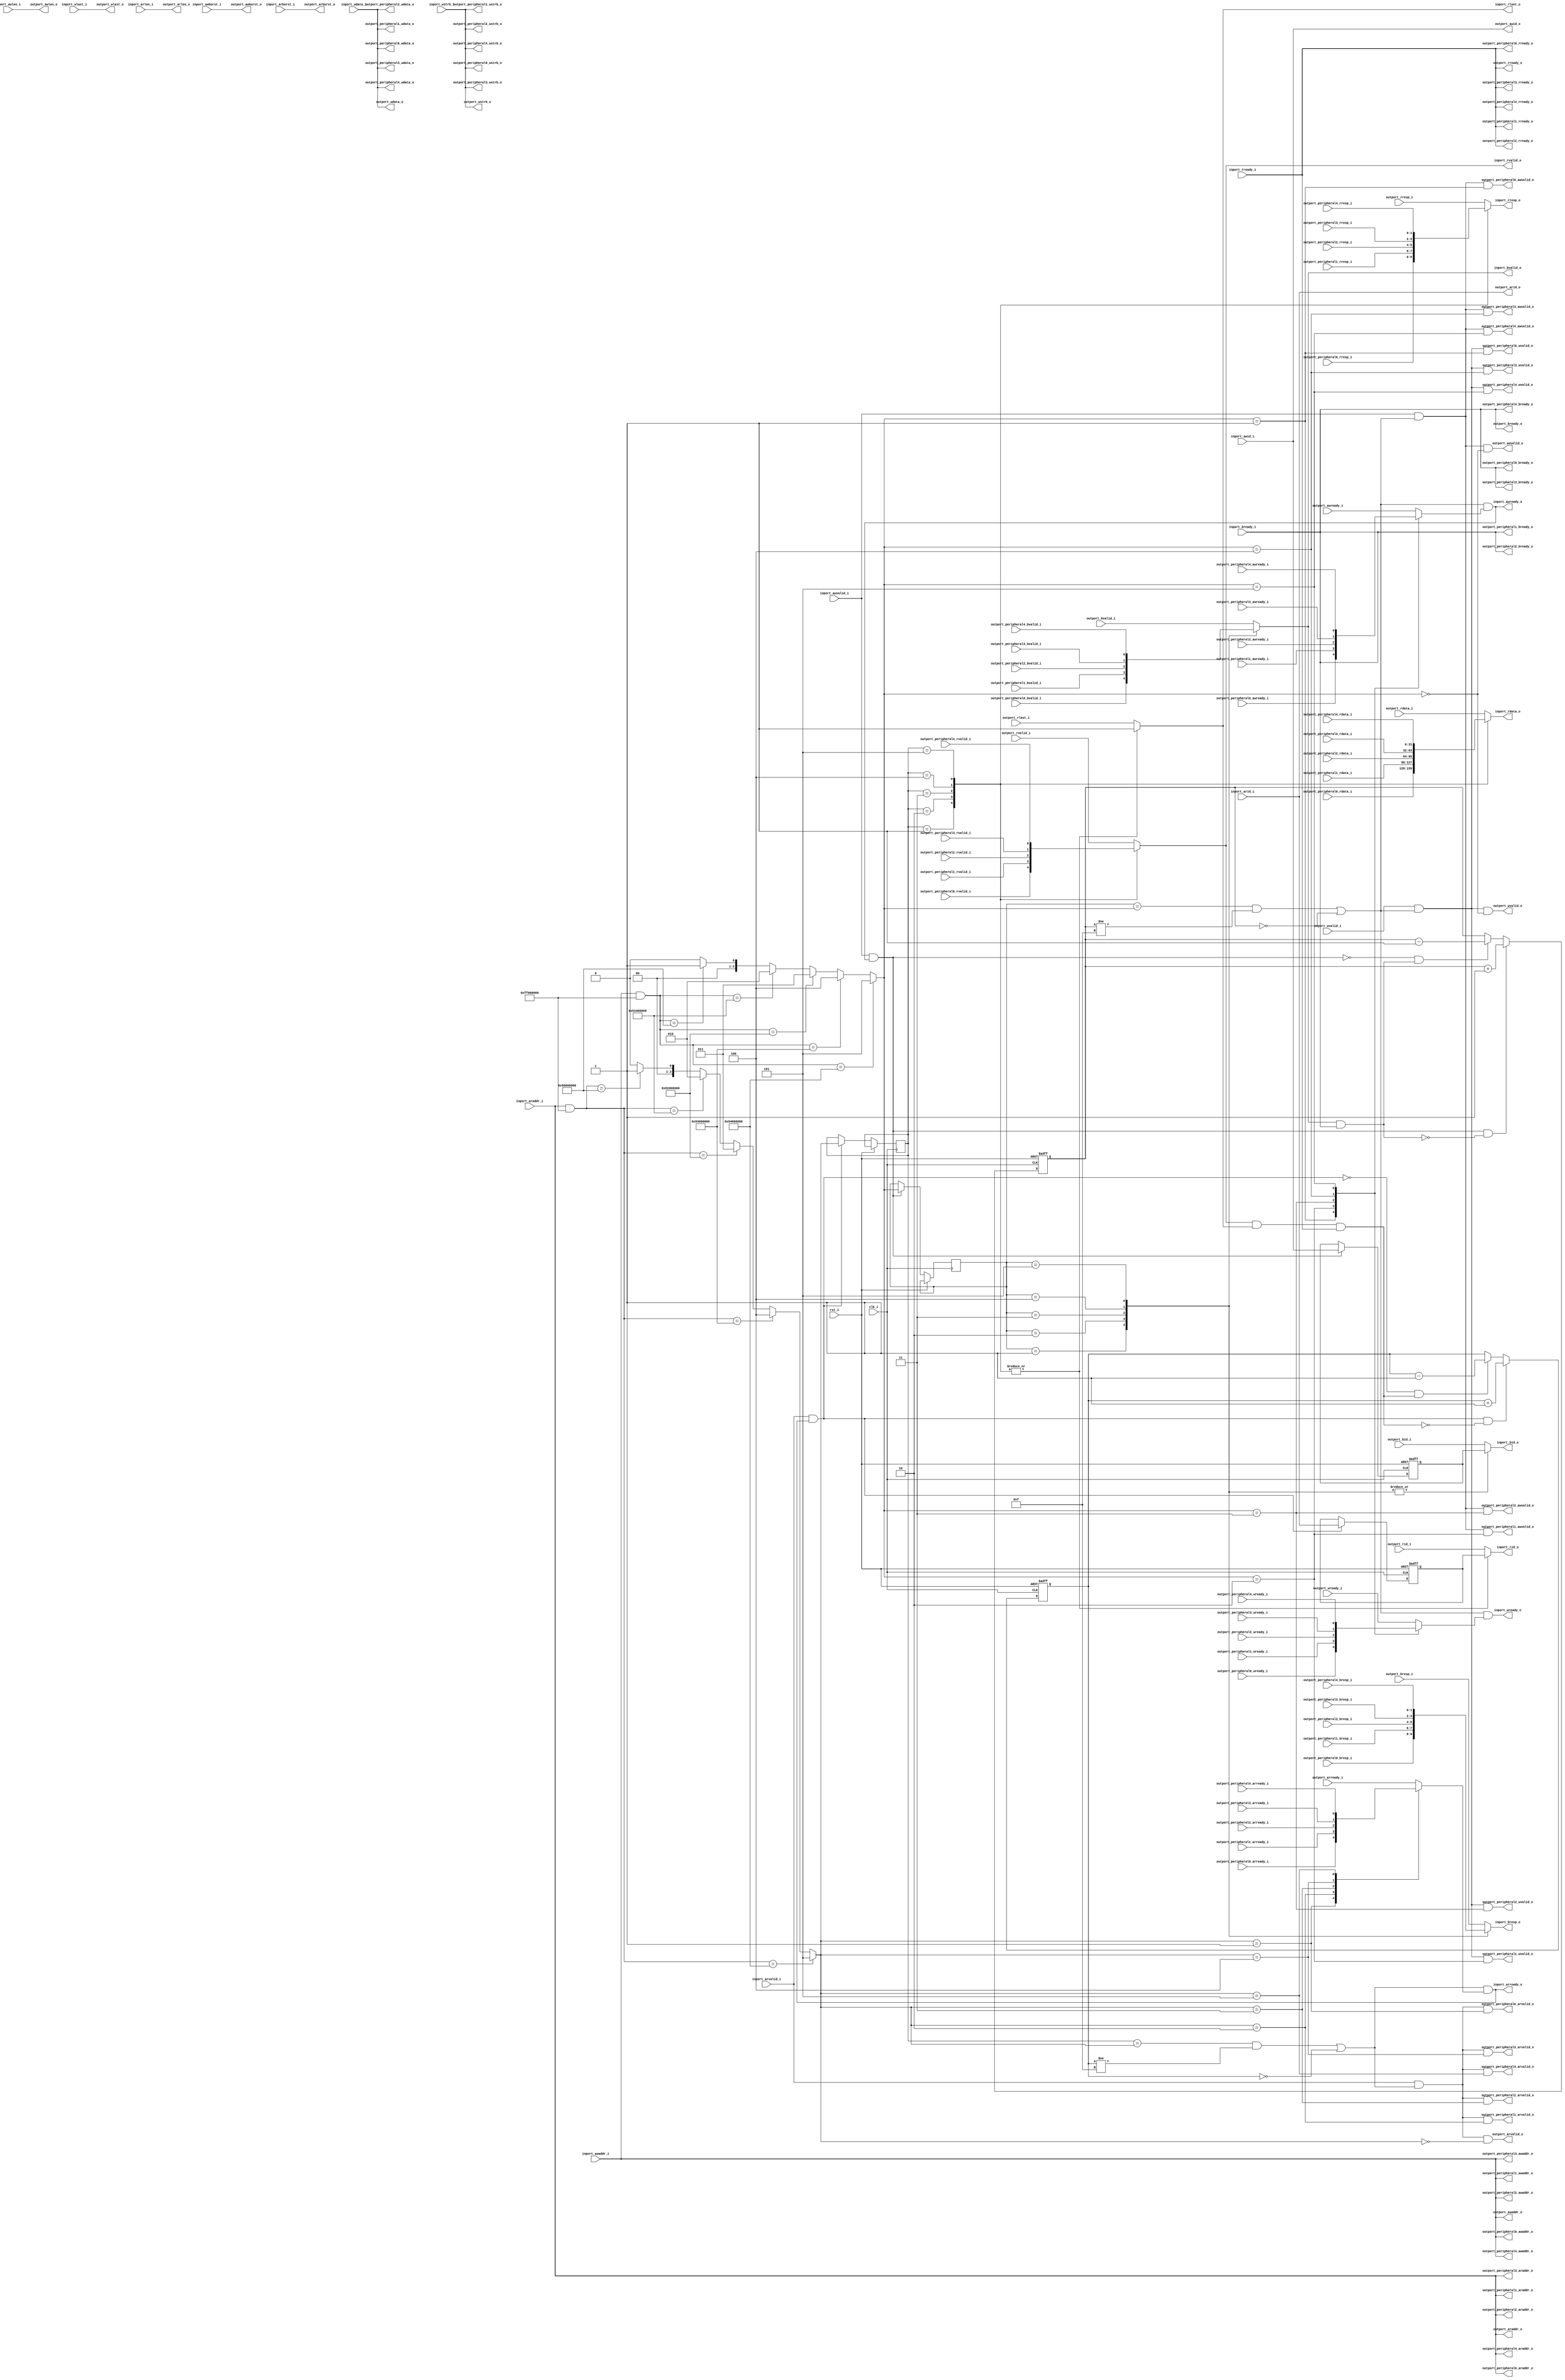
//-----------------------------------------------------------------
//                        RISC-V Test SoC
//                            V0.1
//                     Ultra-Embedded.com
//                     Copyright 2014-2019
//
//                   admin@ultra-embedded.com
//
//                       License: BSD
//-----------------------------------------------------------------
//
// Copyright (c) 2014-2019, Ultra-Embedded.com
// All rights reserved.
// 
// Redistribution and use in source and binary forms, with or without
// modification, are permitted provided that the following conditions 
// are met:
//   - Redistributions of source code must retain the above copyright
//     notice, this list of conditions and the following disclaimer.
//   - Redistributions in binary form must reproduce the above copyright
//     notice, this list of conditions and the following disclaimer 
//     in the documentation and/or other materials provided with the 
//     distribution.
//   - Neither the name of the author nor the names of its contributors 
//     may be used to endorse or promote products derived from this 
//     software without specific prior written permission.
// 
// THIS SOFTWARE IS PROVIDED BY THE COPYRIGHT HOLDERS AND CONTRIBUTORS 
// "AS IS" AND ANY EXPRESS OR IMPLIED WARRANTIES, INCLUDING, BUT NOT 
// LIMITED TO, THE IMPLIED WARRANTIES OF MERCHANTABILITY AND FITNESS FOR 
// A PARTICULAR PURPOSE ARE DISCLAIMED. IN NO EVENT SHALL THE AUTHOR BE 
// LIABLE FOR ANY DIRECT, INDIRECT, INCIDENTAL, SPECIAL, EXEMPLARY, OR 
// CONSEQUENTIAL DAMAGES (INCLUDING, BUT NOT LIMITED TO, PROCUREMENT OF 
// SUBSTITUTE GOODS OR SERVICES; LOSS OF USE, DATA, OR PROFITS; OR 
// BUSINESS INTERRUPTION) HOWEVER CAUSED AND ON ANY THEORY OF 
// LIABILITY, WHETHER IN CONTRACT, STRICT LIABILITY, OR TORT
// (INCLUDING NEGLIGENCE OR OTHERWISE) ARISING IN ANY WAY OUT OF 
// THE USE OF THIS SOFTWARE, EVEN IF ADVISED OF THE POSSIBILITY OF 
// SUCH DAMAGE.
//-----------------------------------------------------------------

//-----------------------------------------------------------------
//                          Generated File
//-----------------------------------------------------------------

module axi4_lite_tap
(
    // Inputs
     input           clk_i
    ,input           rst_i
    ,input           inport_awvalid_i
    ,input  [ 31:0]  inport_awaddr_i
    ,input  [  3:0]  inport_awid_i
    ,input  [  7:0]  inport_awlen_i
    ,input  [  1:0]  inport_awburst_i
    ,input           inport_wvalid_i
    ,input  [ 31:0]  inport_wdata_i
    ,input  [  3:0]  inport_wstrb_i
    ,input           inport_wlast_i
    ,input           inport_bready_i
    ,input           inport_arvalid_i
    ,input  [ 31:0]  inport_araddr_i
    ,input  [  3:0]  inport_arid_i
    ,input  [  7:0]  inport_arlen_i
    ,input  [  1:0]  inport_arburst_i
    ,input           inport_rready_i
    ,input           outport_awready_i
    ,input           outport_wready_i
    ,input           outport_bvalid_i
    ,input  [  1:0]  outport_bresp_i
    ,input  [  3:0]  outport_bid_i
    ,input           outport_arready_i
    ,input           outport_rvalid_i
    ,input  [ 31:0]  outport_rdata_i
    ,input  [  1:0]  outport_rresp_i
    ,input  [  3:0]  outport_rid_i
    ,input           outport_rlast_i
    ,input           outport_peripheral0_awready_i
    ,input           outport_peripheral0_wready_i
    ,input           outport_peripheral0_bvalid_i
    ,input  [  1:0]  outport_peripheral0_bresp_i
    ,input           outport_peripheral0_arready_i
    ,input           outport_peripheral0_rvalid_i
    ,input  [ 31:0]  outport_peripheral0_rdata_i
    ,input  [  1:0]  outport_peripheral0_rresp_i
    ,input           outport_peripheral1_awready_i
    ,input           outport_peripheral1_wready_i
    ,input           outport_peripheral1_bvalid_i
    ,input  [  1:0]  outport_peripheral1_bresp_i
    ,input           outport_peripheral1_arready_i
    ,input           outport_peripheral1_rvalid_i
    ,input  [ 31:0]  outport_peripheral1_rdata_i
    ,input  [  1:0]  outport_peripheral1_rresp_i
    ,input           outport_peripheral2_awready_i
    ,input           outport_peripheral2_wready_i
    ,input           outport_peripheral2_bvalid_i
    ,input  [  1:0]  outport_peripheral2_bresp_i
    ,input           outport_peripheral2_arready_i
    ,input           outport_peripheral2_rvalid_i
    ,input  [ 31:0]  outport_peripheral2_rdata_i
    ,input  [  1:0]  outport_peripheral2_rresp_i
    ,input           outport_peripheral3_awready_i
    ,input           outport_peripheral3_wready_i
    ,input           outport_peripheral3_bvalid_i
    ,input  [  1:0]  outport_peripheral3_bresp_i
    ,input           outport_peripheral3_arready_i
    ,input           outport_peripheral3_rvalid_i
    ,input  [ 31:0]  outport_peripheral3_rdata_i
    ,input  [  1:0]  outport_peripheral3_rresp_i
    ,input           outport_peripheral4_awready_i
    ,input           outport_peripheral4_wready_i
    ,input           outport_peripheral4_bvalid_i
    ,input  [  1:0]  outport_peripheral4_bresp_i
    ,input           outport_peripheral4_arready_i
    ,input           outport_peripheral4_rvalid_i
    ,input  [ 31:0]  outport_peripheral4_rdata_i
    ,input  [  1:0]  outport_peripheral4_rresp_i

    // Outputs
    ,output          inport_awready_o
    ,output          inport_wready_o
    ,output          inport_bvalid_o
    ,output [  1:0]  inport_bresp_o
    ,output [  3:0]  inport_bid_o
    ,output          inport_arready_o
    ,output          inport_rvalid_o
    ,output [ 31:0]  inport_rdata_o
    ,output [  1:0]  inport_rresp_o
    ,output [  3:0]  inport_rid_o
    ,output          inport_rlast_o
    ,output          outport_awvalid_o
    ,output [ 31:0]  outport_awaddr_o
    ,output [  3:0]  outport_awid_o
    ,output [  7:0]  outport_awlen_o
    ,output [  1:0]  outport_awburst_o
    ,output          outport_wvalid_o
    ,output [ 31:0]  outport_wdata_o
    ,output [  3:0]  outport_wstrb_o
    ,output          outport_wlast_o
    ,output          outport_bready_o
    ,output          outport_arvalid_o
    ,output [ 31:0]  outport_araddr_o
    ,output [  3:0]  outport_arid_o
    ,output [  7:0]  outport_arlen_o
    ,output [  1:0]  outport_arburst_o
    ,output          outport_rready_o
    ,output          outport_peripheral0_awvalid_o
    ,output [ 31:0]  outport_peripheral0_awaddr_o
    ,output          outport_peripheral0_wvalid_o
    ,output [ 31:0]  outport_peripheral0_wdata_o
    ,output [  3:0]  outport_peripheral0_wstrb_o
    ,output          outport_peripheral0_bready_o
    ,output          outport_peripheral0_arvalid_o
    ,output [ 31:0]  outport_peripheral0_araddr_o
    ,output          outport_peripheral0_rready_o
    ,output          outport_peripheral1_awvalid_o
    ,output [ 31:0]  outport_peripheral1_awaddr_o
    ,output          outport_peripheral1_wvalid_o
    ,output [ 31:0]  outport_peripheral1_wdata_o
    ,output [  3:0]  outport_peripheral1_wstrb_o
    ,output          outport_peripheral1_bready_o
    ,output          outport_peripheral1_arvalid_o
    ,output [ 31:0]  outport_peripheral1_araddr_o
    ,output          outport_peripheral1_rready_o
    ,output          outport_peripheral2_awvalid_o
    ,output [ 31:0]  outport_peripheral2_awaddr_o
    ,output          outport_peripheral2_wvalid_o
    ,output [ 31:0]  outport_peripheral2_wdata_o
    ,output [  3:0]  outport_peripheral2_wstrb_o
    ,output          outport_peripheral2_bready_o
    ,output          outport_peripheral2_arvalid_o
    ,output [ 31:0]  outport_peripheral2_araddr_o
    ,output          outport_peripheral2_rready_o
    ,output          outport_peripheral3_awvalid_o
    ,output [ 31:0]  outport_peripheral3_awaddr_o
    ,output          outport_peripheral3_wvalid_o
    ,output [ 31:0]  outport_peripheral3_wdata_o
    ,output [  3:0]  outport_peripheral3_wstrb_o
    ,output          outport_peripheral3_bready_o
    ,output          outport_peripheral3_arvalid_o
    ,output [ 31:0]  outport_peripheral3_araddr_o
    ,output          outport_peripheral3_rready_o
    ,output          outport_peripheral4_awvalid_o
    ,output [ 31:0]  outport_peripheral4_awaddr_o
    ,output          outport_peripheral4_wvalid_o
    ,output [ 31:0]  outport_peripheral4_wdata_o
    ,output [  3:0]  outport_peripheral4_wstrb_o
    ,output          outport_peripheral4_bready_o
    ,output          outport_peripheral4_arvalid_o
    ,output [ 31:0]  outport_peripheral4_araddr_o
    ,output          outport_peripheral4_rready_o
);



`define ADDR_SEL_W         3
`define PERIPH0_ADDR         32'h90000000
`define PERIPH0_MASK         32'hff000000
`define PERIPH1_ADDR         32'h91000000
`define PERIPH1_MASK         32'hff000000
`define PERIPH2_ADDR         32'h92000000
`define PERIPH2_MASK         32'hff000000
`define PERIPH3_ADDR         32'h93000000
`define PERIPH3_MASK         32'hff000000
`define PERIPH4_ADDR         32'h94000000
`define PERIPH4_MASK         32'hff000000

//-----------------------------------------------------------------
// AXI: Read
//-----------------------------------------------------------------
reg [3:0]              read_pending_q;
reg [3:0]              read_pending_r;
reg [3:0]              arid_q;
reg [`ADDR_SEL_W-1:0]  read_port_q;
reg [`ADDR_SEL_W-1:0]  read_port_r;

always @ *
begin
    read_port_r = `ADDR_SEL_W'b0;
    if ((inport_araddr_i & `PERIPH0_MASK) == `PERIPH0_ADDR) read_port_r = `ADDR_SEL_W'd1;
    if ((inport_araddr_i & `PERIPH1_MASK) == `PERIPH1_ADDR) read_port_r = `ADDR_SEL_W'd2;
    if ((inport_araddr_i & `PERIPH2_MASK) == `PERIPH2_ADDR) read_port_r = `ADDR_SEL_W'd3;
    if ((inport_araddr_i & `PERIPH3_MASK) == `PERIPH3_ADDR) read_port_r = `ADDR_SEL_W'd4;
    if ((inport_araddr_i & `PERIPH4_MASK) == `PERIPH4_ADDR) read_port_r = `ADDR_SEL_W'd5;
end

wire read_incr_w = (inport_arvalid_i && inport_arready_o);
wire read_decr_w = (inport_rvalid_o  && inport_rlast_o && inport_rready_i);

always @ *
begin
    read_pending_r = read_pending_q;

    if (read_incr_w && !read_decr_w)
        read_pending_r = read_pending_r + 4'd1;
    else if (!read_incr_w && read_decr_w)
        read_pending_r = read_pending_r - 4'd1;
end

always @ (posedge clk_i or posedge rst_i)
if (rst_i)
begin
    read_pending_q <= 4'b0;
    arid_q         <= 4'b0;
end
else 
begin
    read_pending_q <= read_pending_r;

    // Read command accepted
    if (inport_arvalid_i && inport_arready_o)
    begin
        arid_q      <= inport_arid_i;
        read_port_q <= read_port_r;
    end
end

wire read_accept_w       = (read_port_q == read_port_r && read_pending_q != 4'hF) || (read_pending_q == 4'h0);

assign outport_arvalid_o = inport_arvalid_i & read_accept_w & (read_port_r == `ADDR_SEL_W'd0);
assign outport_araddr_o  = inport_araddr_i;
assign outport_arid_o    = inport_arid_i;
assign outport_arlen_o   = inport_arlen_i;
assign outport_arburst_o = inport_arburst_i;
assign outport_rready_o  = inport_rready_i;

assign outport_peripheral0_arvalid_o = inport_arvalid_i & read_accept_w & (read_port_r == `ADDR_SEL_W'd1);
assign outport_peripheral0_araddr_o  = inport_araddr_i;
assign outport_peripheral0_rready_o  = inport_rready_i;
assign outport_peripheral1_arvalid_o = inport_arvalid_i & read_accept_w & (read_port_r == `ADDR_SEL_W'd2);
assign outport_peripheral1_araddr_o  = inport_araddr_i;
assign outport_peripheral1_rready_o  = inport_rready_i;
assign outport_peripheral2_arvalid_o = inport_arvalid_i & read_accept_w & (read_port_r == `ADDR_SEL_W'd3);
assign outport_peripheral2_araddr_o  = inport_araddr_i;
assign outport_peripheral2_rready_o  = inport_rready_i;
assign outport_peripheral3_arvalid_o = inport_arvalid_i & read_accept_w & (read_port_r == `ADDR_SEL_W'd4);
assign outport_peripheral3_araddr_o  = inport_araddr_i;
assign outport_peripheral3_rready_o  = inport_rready_i;
assign outport_peripheral4_arvalid_o = inport_arvalid_i & read_accept_w & (read_port_r == `ADDR_SEL_W'd5);
assign outport_peripheral4_araddr_o  = inport_araddr_i;
assign outport_peripheral4_rready_o  = inport_rready_i;

reg        outport_rvalid_r;
reg [31:0] outport_rdata_r;
reg [1:0]  outport_rresp_r;
reg [3:0]  outport_rid_r;
reg        outport_rlast_r;

always @ *
begin
    case (read_port_q)
    `ADDR_SEL_W'd1:
    begin
        outport_rvalid_r = outport_peripheral0_rvalid_i;
        outport_rdata_r  = outport_peripheral0_rdata_i;
        outport_rresp_r  = outport_peripheral0_rresp_i;
        outport_rid_r    = arid_q;
        outport_rlast_r  = 1'b1;
    end
    `ADDR_SEL_W'd2:
    begin
        outport_rvalid_r = outport_peripheral1_rvalid_i;
        outport_rdata_r  = outport_peripheral1_rdata_i;
        outport_rresp_r  = outport_peripheral1_rresp_i;
        outport_rid_r    = arid_q;
        outport_rlast_r  = 1'b1;
    end
    `ADDR_SEL_W'd3:
    begin
        outport_rvalid_r = outport_peripheral2_rvalid_i;
        outport_rdata_r  = outport_peripheral2_rdata_i;
        outport_rresp_r  = outport_peripheral2_rresp_i;
        outport_rid_r    = arid_q;
        outport_rlast_r  = 1'b1;
    end
    `ADDR_SEL_W'd4:
    begin
        outport_rvalid_r = outport_peripheral3_rvalid_i;
        outport_rdata_r  = outport_peripheral3_rdata_i;
        outport_rresp_r  = outport_peripheral3_rresp_i;
        outport_rid_r    = arid_q;
        outport_rlast_r  = 1'b1;
    end
    `ADDR_SEL_W'd5:
    begin
        outport_rvalid_r = outport_peripheral4_rvalid_i;
        outport_rdata_r  = outport_peripheral4_rdata_i;
        outport_rresp_r  = outport_peripheral4_rresp_i;
        outport_rid_r    = arid_q;
        outport_rlast_r  = 1'b1;
    end
    default:
    begin
        outport_rvalid_r = outport_rvalid_i;
        outport_rdata_r  = outport_rdata_i;
        outport_rresp_r  = outport_rresp_i;
        outport_rid_r    = outport_rid_i;
        outport_rlast_r  = outport_rlast_i;
    end
    endcase
end

assign inport_rvalid_o  = outport_rvalid_r;
assign inport_rdata_o   = outport_rdata_r;
assign inport_rresp_o   = outport_rresp_r;
assign inport_rid_o     = outport_rid_r;
assign inport_rlast_o   = outport_rlast_r;

reg inport_arready_r;
always @ *
begin
    case (read_port_r)
    `ADDR_SEL_W'd1:
        inport_arready_r = outport_peripheral0_arready_i;
    `ADDR_SEL_W'd2:
        inport_arready_r = outport_peripheral1_arready_i;
    `ADDR_SEL_W'd3:
        inport_arready_r = outport_peripheral2_arready_i;
    `ADDR_SEL_W'd4:
        inport_arready_r = outport_peripheral3_arready_i;
    `ADDR_SEL_W'd5:
        inport_arready_r = outport_peripheral4_arready_i;
    default:
        inport_arready_r = outport_arready_i;
    endcase
end

assign inport_arready_o = read_accept_w & inport_arready_r;

//-----------------------------------------------------------------
// AXI: Write
//-----------------------------------------------------------------
reg [3:0]              write_pending_q;
reg [3:0]              write_pending_r;
reg [3:0]              awid_q;
reg [`ADDR_SEL_W-1:0]  write_port_q;
reg [`ADDR_SEL_W-1:0]  write_port_r;

always @ *
begin
    write_port_r = `ADDR_SEL_W'b0;
    if ((inport_awaddr_i & `PERIPH0_MASK) == `PERIPH0_ADDR) write_port_r = `ADDR_SEL_W'd1;
    if ((inport_awaddr_i & `PERIPH1_MASK) == `PERIPH1_ADDR) write_port_r = `ADDR_SEL_W'd2;
    if ((inport_awaddr_i & `PERIPH2_MASK) == `PERIPH2_ADDR) write_port_r = `ADDR_SEL_W'd3;
    if ((inport_awaddr_i & `PERIPH3_MASK) == `PERIPH3_ADDR) write_port_r = `ADDR_SEL_W'd4;
    if ((inport_awaddr_i & `PERIPH4_MASK) == `PERIPH4_ADDR) write_port_r = `ADDR_SEL_W'd5;
end

wire write_incr_w = (inport_awvalid_i && inport_awready_o);
wire write_decr_w = (inport_bvalid_o  && inport_bready_i);

// NOTE: This IP expect AWVALID and WVALID to appear in the same cycle...
always @ *
begin
    write_pending_r = write_pending_q;

    if (write_incr_w && !write_decr_w)
        write_pending_r = write_pending_r + 4'd1;
    else if (!write_incr_w && write_decr_w)
        write_pending_r = write_pending_r - 4'd1;
end

always @ (posedge clk_i or posedge rst_i)
if (rst_i)
begin
    write_pending_q <= 4'b0;
    awid_q          <= 4'b0;
end
else 
begin
    write_pending_q <= write_pending_r;

    // Write command accepted
    if (inport_awvalid_i && inport_awready_o)
    begin
        awid_q       <= inport_awid_i;
        write_port_q <= write_port_r;
    end
end

wire write_accept_w      = (write_port_q == write_port_r && write_pending_q != 4'hF) || (write_pending_q == 4'h0);

assign outport_awvalid_o = inport_awvalid_i & write_accept_w & (write_port_r == `ADDR_SEL_W'd0);
assign outport_awaddr_o  = inport_awaddr_i;
assign outport_awid_o    = inport_awid_i;
assign outport_awlen_o   = inport_awlen_i;
assign outport_awburst_o = inport_awburst_i;
assign outport_wvalid_o  = inport_wvalid_i & write_accept_w & (write_port_r == `ADDR_SEL_W'd0);
assign outport_wdata_o   = inport_wdata_i;
assign outport_wstrb_o   = inport_wstrb_i;
assign outport_wlast_o   = inport_wlast_i;
assign outport_bready_o  = inport_bready_i;

assign outport_peripheral0_awvalid_o = inport_awvalid_i & write_accept_w & (write_port_r == `ADDR_SEL_W'd1);
assign outport_peripheral0_awaddr_o  = inport_awaddr_i;
assign outport_peripheral0_wvalid_o  = inport_wvalid_i & write_accept_w & (write_port_r == `ADDR_SEL_W'd1);
assign outport_peripheral0_wdata_o   = inport_wdata_i;
assign outport_peripheral0_wstrb_o   = inport_wstrb_i;
assign outport_peripheral0_bready_o  = inport_bready_i;
assign outport_peripheral1_awvalid_o = inport_awvalid_i & write_accept_w & (write_port_r == `ADDR_SEL_W'd2);
assign outport_peripheral1_awaddr_o  = inport_awaddr_i;
assign outport_peripheral1_wvalid_o  = inport_wvalid_i & write_accept_w & (write_port_r == `ADDR_SEL_W'd2);
assign outport_peripheral1_wdata_o   = inport_wdata_i;
assign outport_peripheral1_wstrb_o   = inport_wstrb_i;
assign outport_peripheral1_bready_o  = inport_bready_i;
assign outport_peripheral2_awvalid_o = inport_awvalid_i & write_accept_w & (write_port_r == `ADDR_SEL_W'd3);
assign outport_peripheral2_awaddr_o  = inport_awaddr_i;
assign outport_peripheral2_wvalid_o  = inport_wvalid_i & write_accept_w & (write_port_r == `ADDR_SEL_W'd3);
assign outport_peripheral2_wdata_o   = inport_wdata_i;
assign outport_peripheral2_wstrb_o   = inport_wstrb_i;
assign outport_peripheral2_bready_o  = inport_bready_i;
assign outport_peripheral3_awvalid_o = inport_awvalid_i & write_accept_w & (write_port_r == `ADDR_SEL_W'd4);
assign outport_peripheral3_awaddr_o  = inport_awaddr_i;
assign outport_peripheral3_wvalid_o  = inport_wvalid_i & write_accept_w & (write_port_r == `ADDR_SEL_W'd4);
assign outport_peripheral3_wdata_o   = inport_wdata_i;
assign outport_peripheral3_wstrb_o   = inport_wstrb_i;
assign outport_peripheral3_bready_o  = inport_bready_i;
assign outport_peripheral4_awvalid_o = inport_awvalid_i & write_accept_w & (write_port_r == `ADDR_SEL_W'd5);
assign outport_peripheral4_awaddr_o  = inport_awaddr_i;
assign outport_peripheral4_wvalid_o  = inport_wvalid_i & write_accept_w & (write_port_r == `ADDR_SEL_W'd5);
assign outport_peripheral4_wdata_o   = inport_wdata_i;
assign outport_peripheral4_wstrb_o   = inport_wstrb_i;
assign outport_peripheral4_bready_o  = inport_bready_i;

reg        outport_bvalid_r;
reg [1:0]  outport_bresp_r;
reg [3:0]  outport_bid_r;

always @ *
begin
    case (write_port_q)
    `ADDR_SEL_W'd1:
    begin
        outport_bvalid_r = outport_peripheral0_bvalid_i;
        outport_bresp_r  = outport_peripheral0_bresp_i;
        outport_bid_r    = awid_q;
    end
    `ADDR_SEL_W'd2:
    begin
        outport_bvalid_r = outport_peripheral1_bvalid_i;
        outport_bresp_r  = outport_peripheral1_bresp_i;
        outport_bid_r    = awid_q;
    end
    `ADDR_SEL_W'd3:
    begin
        outport_bvalid_r = outport_peripheral2_bvalid_i;
        outport_bresp_r  = outport_peripheral2_bresp_i;
        outport_bid_r    = awid_q;
    end
    `ADDR_SEL_W'd4:
    begin
        outport_bvalid_r = outport_peripheral3_bvalid_i;
        outport_bresp_r  = outport_peripheral3_bresp_i;
        outport_bid_r    = awid_q;
    end
    `ADDR_SEL_W'd5:
    begin
        outport_bvalid_r = outport_peripheral4_bvalid_i;
        outport_bresp_r  = outport_peripheral4_bresp_i;
        outport_bid_r    = awid_q;
    end
    default:
    begin
        outport_bvalid_r = outport_bvalid_i;
        outport_bresp_r  = outport_bresp_i;
        outport_bid_r    = outport_bid_i;
    end
    endcase
end

assign inport_bvalid_o  = outport_bvalid_r;
assign inport_bresp_o   = outport_bresp_r;
assign inport_bid_o     = outport_bid_r;

reg inport_awready_r;
reg inport_wready_r;

// NOTE: This IP expects AWREADY and WREADY to follow each other....
always @ *
begin
    case (write_port_r)
    `ADDR_SEL_W'd1:
    begin
        inport_awready_r = outport_peripheral0_awready_i;
        inport_wready_r  = outport_peripheral0_wready_i;
    end
    `ADDR_SEL_W'd2:
    begin
        inport_awready_r = outport_peripheral1_awready_i;
        inport_wready_r  = outport_peripheral1_wready_i;
    end
    `ADDR_SEL_W'd3:
    begin
        inport_awready_r = outport_peripheral2_awready_i;
        inport_wready_r  = outport_peripheral2_wready_i;
    end
    `ADDR_SEL_W'd4:
    begin
        inport_awready_r = outport_peripheral3_awready_i;
        inport_wready_r  = outport_peripheral3_wready_i;
    end
    `ADDR_SEL_W'd5:
    begin
        inport_awready_r = outport_peripheral4_awready_i;
        inport_wready_r  = outport_peripheral4_wready_i;
    end
    default:
    begin
        inport_awready_r = outport_awready_i;
        inport_wready_r  = outport_wready_i;
    end        
    endcase
end

assign inport_awready_o = write_accept_w & inport_awready_r;
assign inport_wready_o  = write_accept_w & inport_wready_r;


endmodule